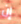
إن